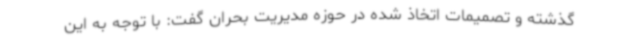
گذشته و تصمیمات اتخاذ شده در حوزه مدیریت بحران گفت: با توجه به این